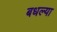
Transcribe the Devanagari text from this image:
बधल्या